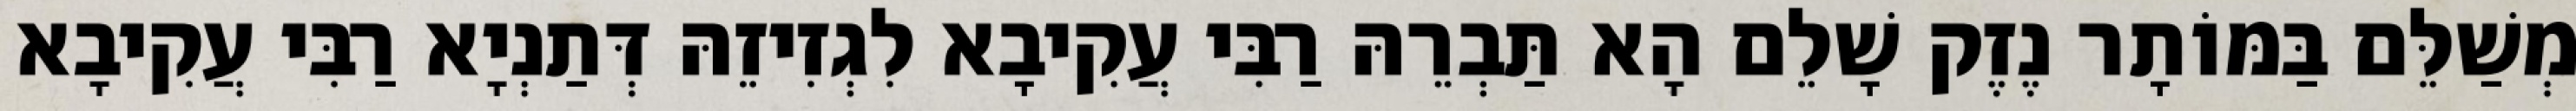
מְשַׁלֵּם בַּמּוֹתָר נֶזֶק שָׁלֵם הָא תַּבְרֵהּ רַבִּי עֲקִיבָא לִגְזִיזֵהּ דְּתַנְיָא רַבִּי עֲקִיבָא